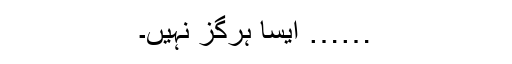
…… ایسا ہرگز نہیں۔